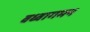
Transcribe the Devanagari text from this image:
वध्वागमन